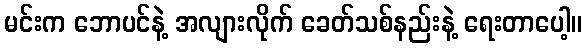
မင်းက ဘောပင်နဲ့ အလျားလိုက် ခေတ်သစ်နည်းနဲ့ ရေးတာပေါ့။